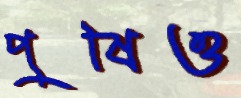
পুষিও